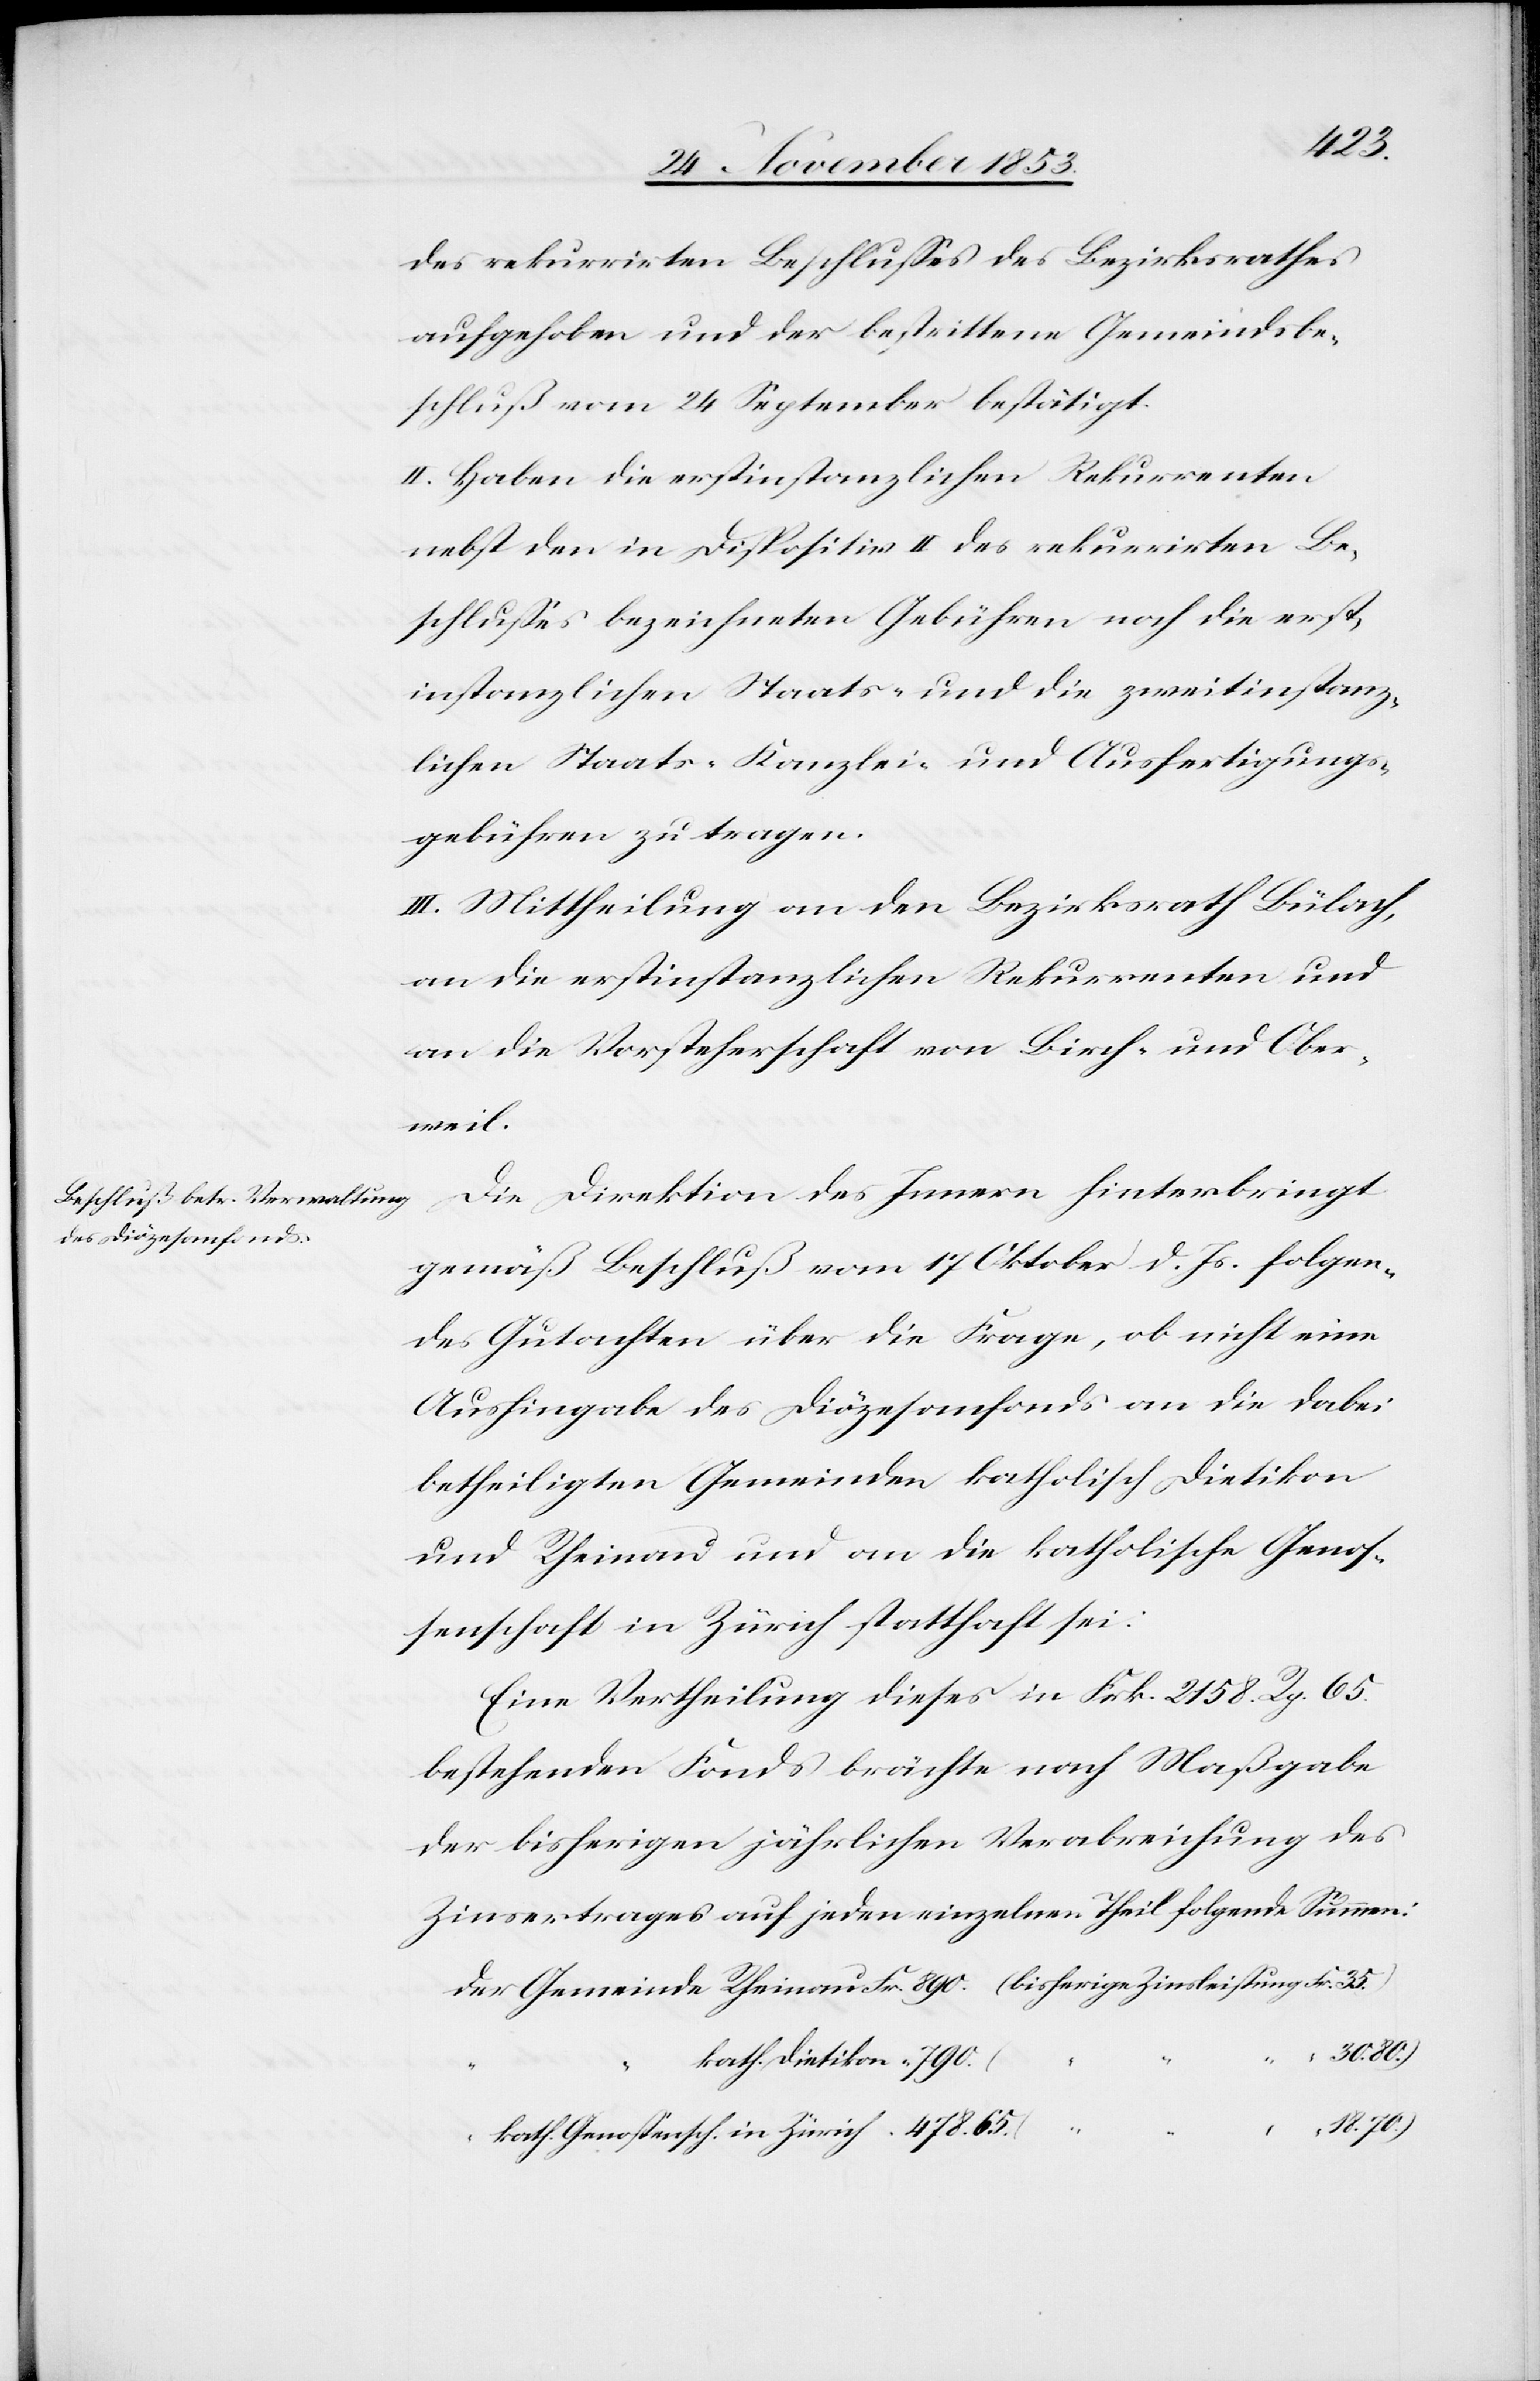
30.80.)
des rekurrirten Beschlußes des Bezirksrathes
aufgehoben und der bestrittene Gemeindsbe¬
schluß vom 24 September bestätigt.
II. Haben die erstinstanzlichen Rekurrenten
nebst den in Dispositiv II des rekurrirten Be¬
schlußes bezeichneten Gebühren noch die erst¬
instanzlichen Staats- und die zweitinstanz¬
lichen Staats-Kanzlei- und Ausfertigungs¬
gebühren zu tragen.
III. Mittheilung an den Bezirksrath Bülach,
an die erstinstanzlichen Rekurrenten und
an die Vorsteherschaft von Birch- und Ober¬
weil.
Die Direktion des Innern hinterbringt
gemäß Beschluß vom 17 Oktober d. Js. folgen¬
des Gutachten über die Frage, ob nicht eine
Aushingabe des Diözesanfonds an die dabei
betheiligten Gemeinden katholisch Dietikon
und Rheinau und an die katholische Genos¬
senschaft in Zürich statthaft sei:
Eine Vertheilung dieses in Frk. 2158. Rp 65.
bestehenden Fonds brächte nach Maßgabe
der bisherigen jährlichen Verabreichung des
Zinsvertrages auf jeden einzelnen Theil folgende Summen:
Der Gemeinde Rheinau 	Frk. 890. (bisherige Zinsleistung Fr. 35)
kath.
18.70.)